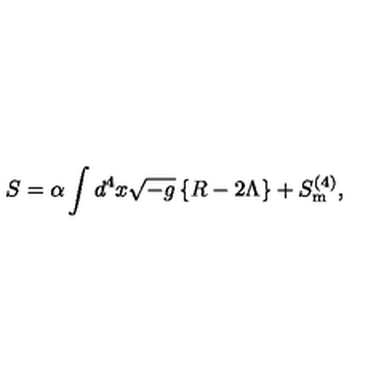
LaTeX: S = \alpha \int d ^ { 4 } x \sqrt { - g } \left\{ R - 2 \Lambda \right\} + S _ { \mathrm { { m } } } ^ { ( 4 ) } ,